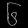
Digit: ၆